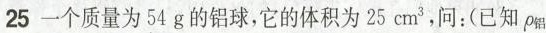
25一个质量为54g的铝球，它的体积为25cm ^ { 3}，问：(已知\rho _ { 铝}